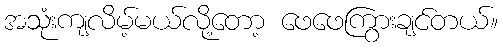
အသုံးကျလိမ့်မယ်လို့တော့ ဖေဖေကြွားချင်တယ်။